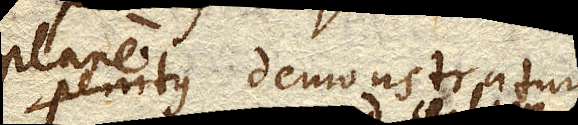
plane demonstratum